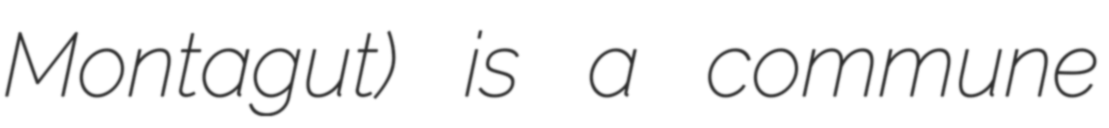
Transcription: Montagut) is a commune